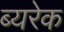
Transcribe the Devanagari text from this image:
ब्यरेक